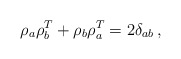
\begin{align*}\rho_{a}\rho_{b}^{T}+\rho_{b}\rho_{a}^{T}=2\delta_{ab}\,,\end{align*}